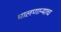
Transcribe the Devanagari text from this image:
घालणाऱ्याच